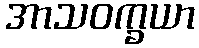
အာသဝက္ခယာ